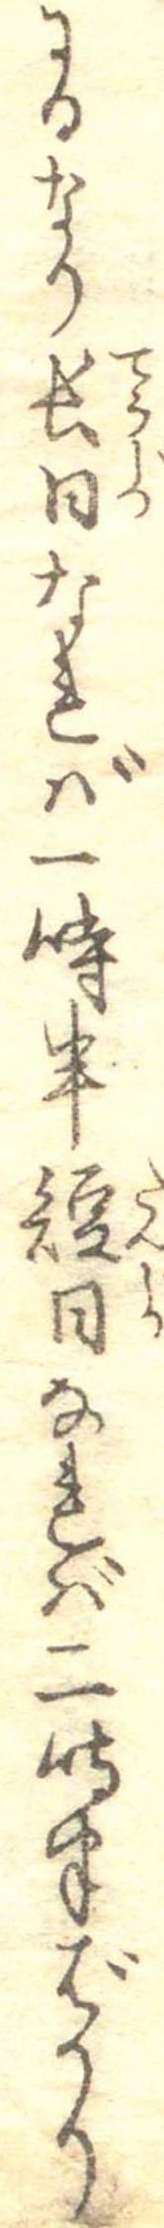
にるなり長日なれば一時半短日なれば二時半ばかり